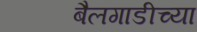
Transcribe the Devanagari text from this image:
बैलगाडीच्या